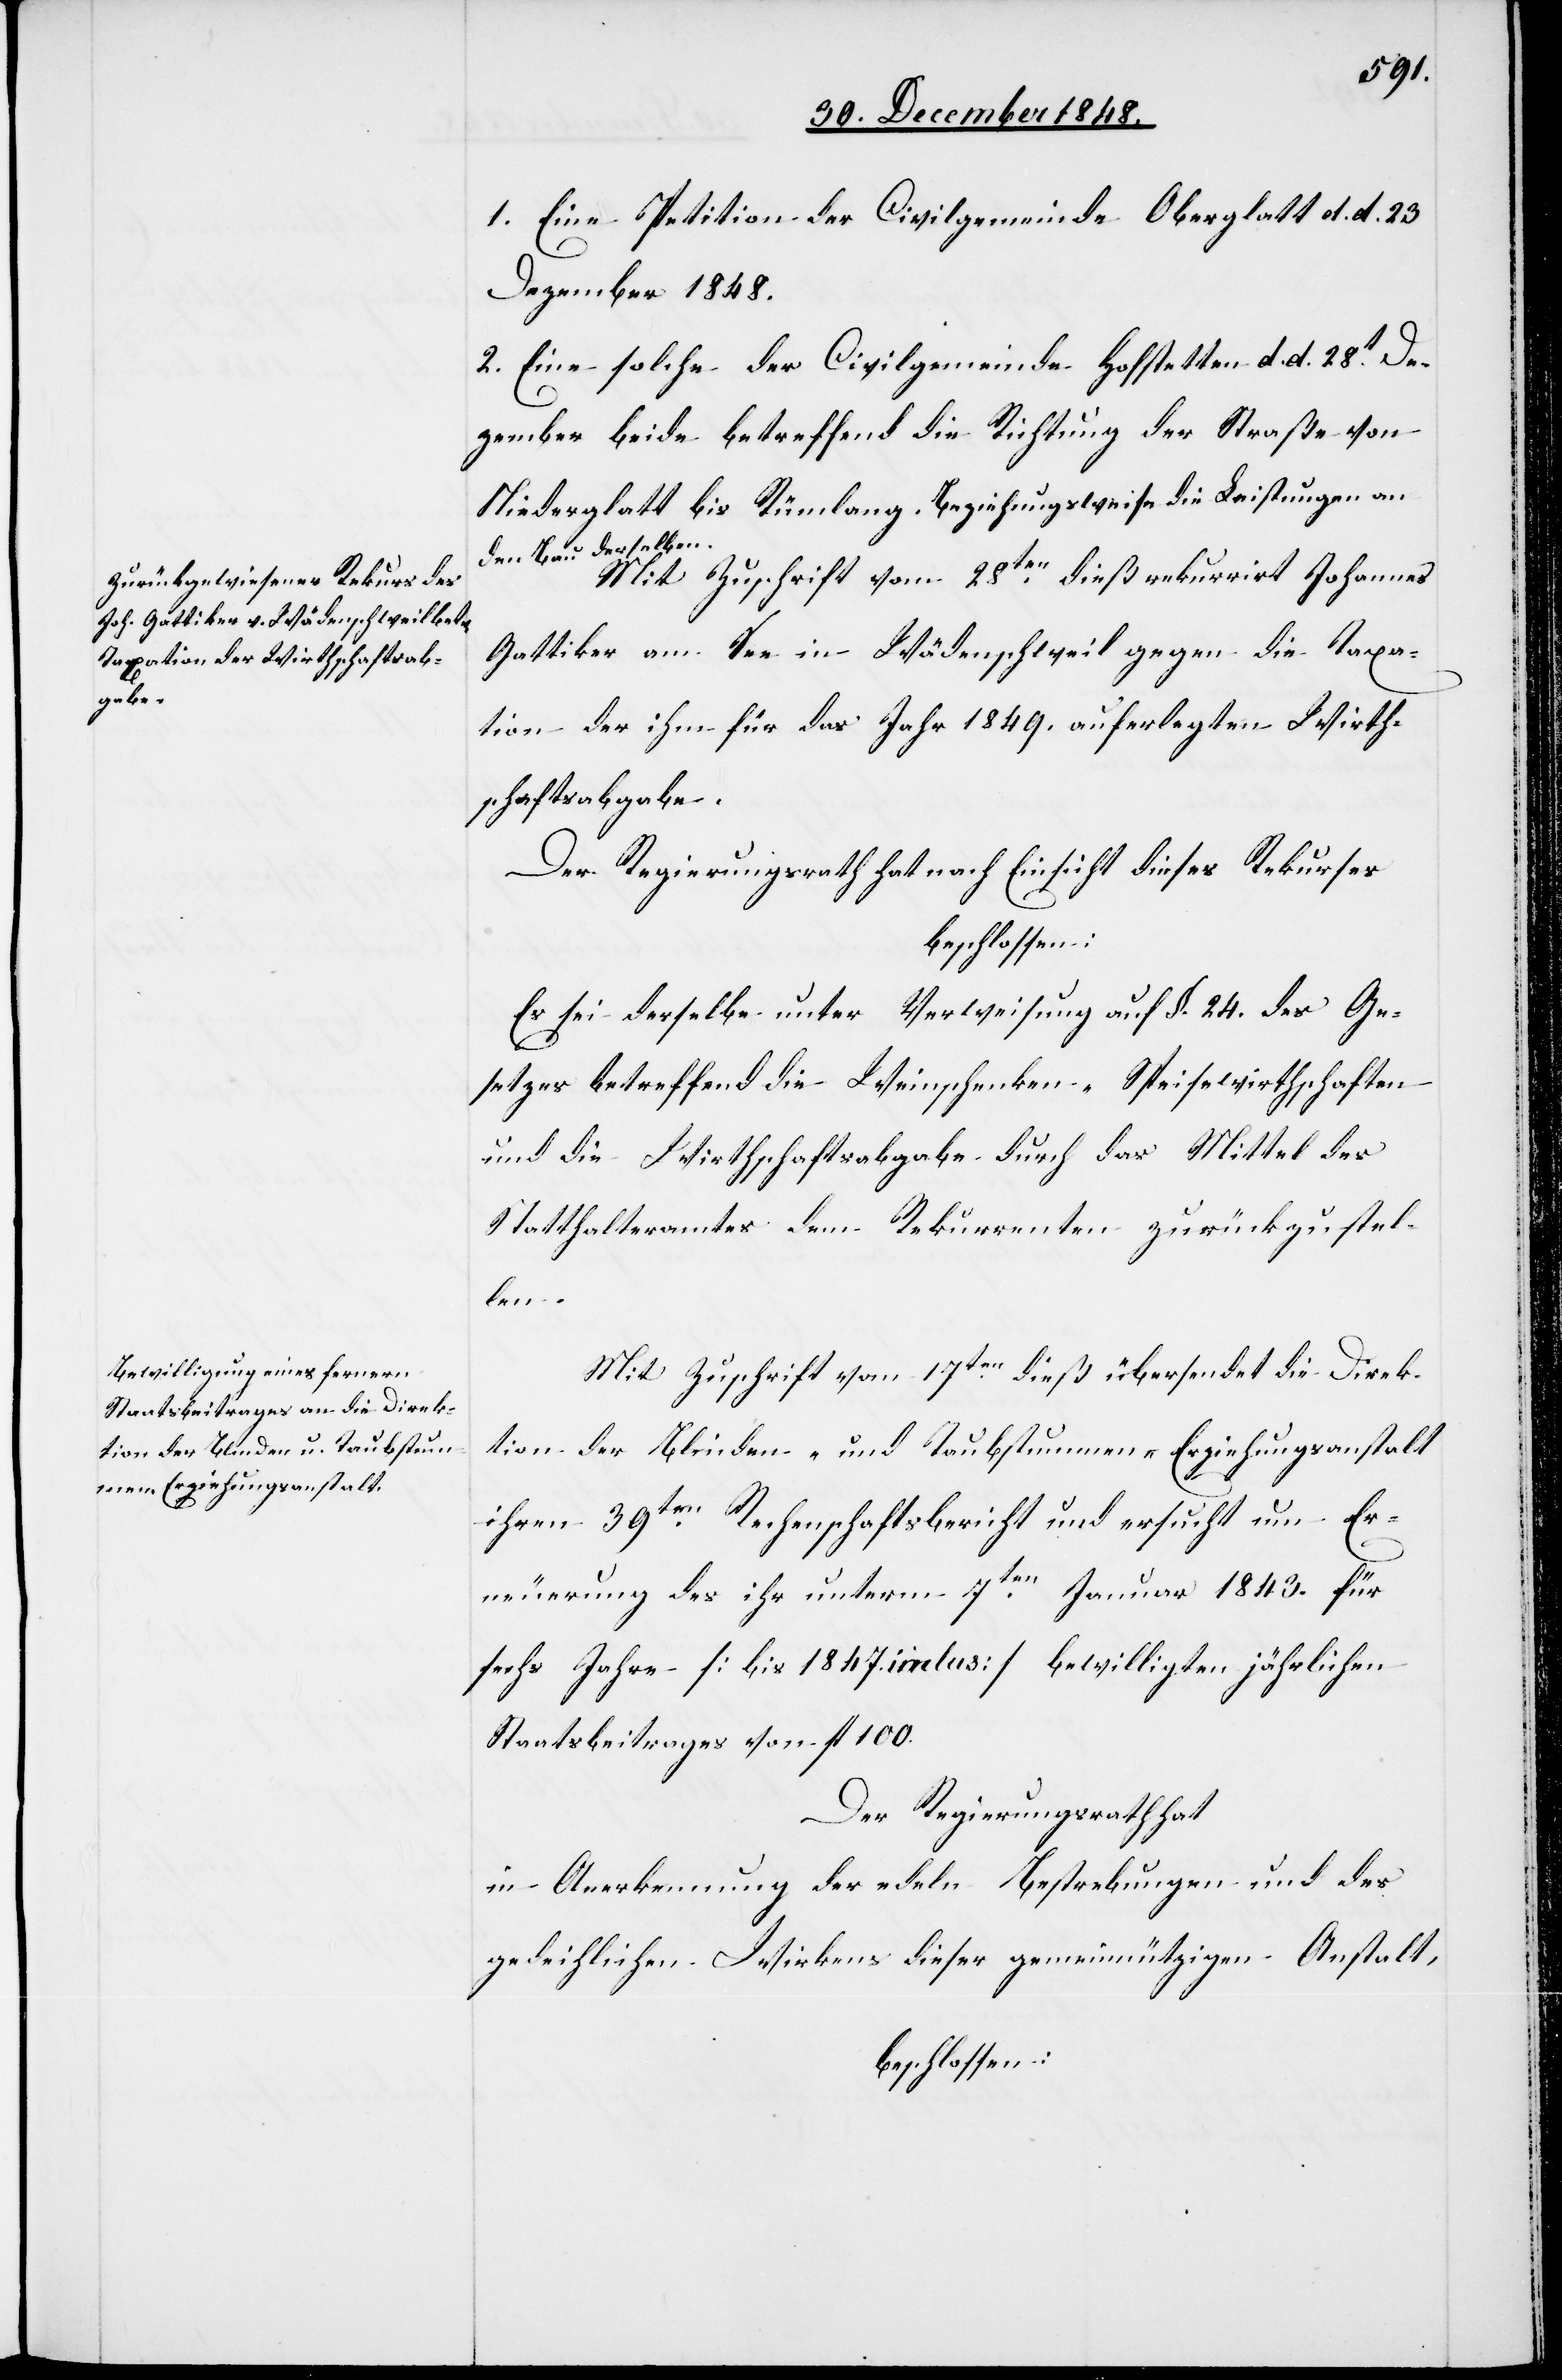
1. Eine Petition der Civilgemeinde Oberglatt d. d. 23
Dezember 1848.
2. Eine solche der Civilgemeinde Hofstetten d. d. 28t De¬
zember beide betreffend die Richtung der Straße von
Niederglatt bis Rümlang. Beziehungsweise die Leistungen an
den Bau derselben.
Mit Zuschrift vom 28ten dieß rekurrirt Johannes
Gattiker am See in Wädenschweil gegen die Taxa¬
tion der ihm für das Jahr 1849. auferlegten Wirth¬
schaftsabgabe.
Der Regierungsrath hat nach Einsicht dieses Rekurses
beschlossen:
Es sei derselbe unter Verweisung auf §. 24. des Ge¬
setzes betreffend die Weinschenken-, Speisewirthschaften
und die Wirthschaftsabgabe durch das Mittel des
Statthalteramtes dem Rekurrenten zurückzustel¬
len.
Mit Zuschrift vom 17ten dieß übersendet die Direk¬
tion der Blinden- und Taubstummen-Erziehungsanstalt
ihren 39ten Rechenschaftsbericht und ersucht um Er¬
neuerung des ihr unterm 7ten Januar 1843. für
sechs Jahre [bis 1847. inclus] bewilligten jährlichen
Staatsbeitrages von fl. 100.
Der Regierungsrath hat
in Anerkennung der edeln Bestrebungen und des
gedeihlichen Wirkens dieser gemeinnützigen Anstalt,
beschlossen: